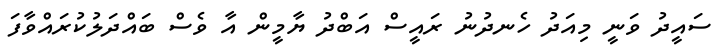
ސައީދު ވަނީ މިއަދު ހެނދުނު ރައީސް އަބްދު ޔާމީން އާ ވެސް ބައްދަލުކުރައްވާފަ